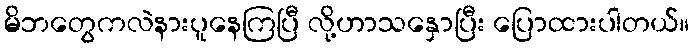
မိဘတွေကလဲနားပူနေကြပြီ လို့ဟာသနှောပြီး ပြောထားပါတယ်။